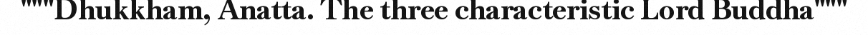
"""Dhukkham, Anatta. The three characteristic Lord Buddha"""